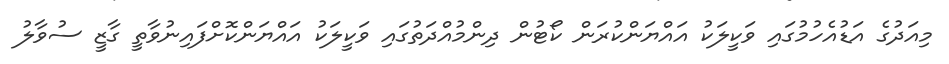
މިއަދުގެ އަޑުއެހުމުގައި ވަކީލަކު އައްޔަންކުރަން ކޯޓުން ދިންމުއްދަތުގައި ވަކީލަކު އައްޔަންކޮށްފައިނުވާތީ ގާޒީ ސުވާލު